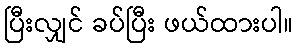
ပြီးလျှင် ခပ်ပြီး ဖယ်ထားပါ။